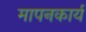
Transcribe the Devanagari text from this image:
मापनकार्य